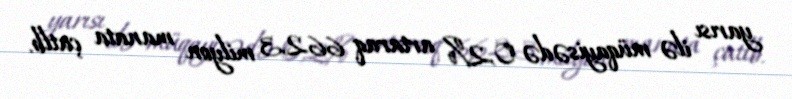
yarısı ilə müqayisədə 0,2% artaraq 662,3 milyon manata çatlb.